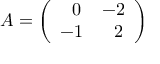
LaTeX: { \cal A } = \left( \begin{array} { l l } { { \ \ 0 } } & { { - 2 } } \\ { { - 1 } } & { { \ \ 2 } } \end{array} \right)